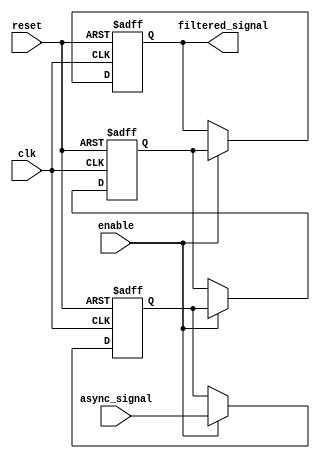
module meta_stability_filter (
    input wire clk,              // Clock signal of the receiving domain
    input wire async_signal,     // Asynchronous input signal
    input wire reset,            // Reset signal (active high)
    input wire enable,           // Enable signal (active high)
    output reg filtered_signal    // Synchronized output signal
);

    // Internal registers for the dual flip-flop synchronizer
    reg ff1, ff2;

    always @(posedge clk or posedge reset) begin
        if (reset) begin
            // Reset the flip-flops to a known state
            ff1 <= 1'b0;
            ff2 <= 1'b0;
            filtered_signal <= 1'b0;
        end else if (enable) begin
            // Sample the asynchronous signal
            ff1 <= async_signal; // First flip-flop samples the async signal
            ff2 <= ff1;          // Second flip-flop samples the output of the first
            filtered_signal <= ff2; // Output the result of the second flip-flop
        end
    end

endmodule